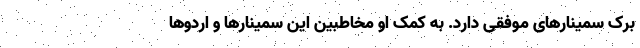
برک سمینارهای موفقی دارد. به کمک او مخاطبین این سمینارها و اردوها